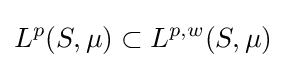
L^{p}(S,\mu )\subset L^{p,w}(S,\mu )